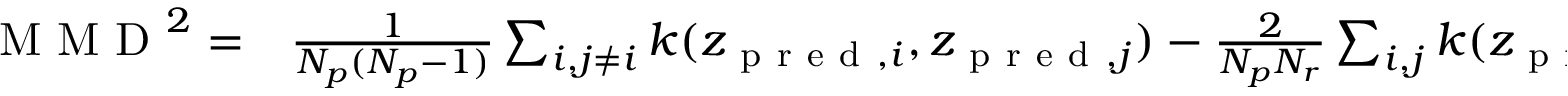
\begin{array} { r l } { \mathrm { ~ M ~ M ~ D ~ } ^ { 2 } = } & { { } \frac { 1 } { N _ { p } ( N _ { p } - 1 ) } \sum _ { i , j \ne i } k ( z _ { \mathrm { ~ p ~ r ~ e ~ d ~ } , i } , z _ { \mathrm { ~ p ~ r ~ e ~ d ~ } , j } ) - \frac { 2 } { N _ { p } N _ { r } } \sum _ { i , j } k ( z _ { \mathrm { ~ p ~ r ~ e ~ d ~ } , i } , z _ { \mathrm { ~ r ~ e ~ f ~ } , j } ) } \end{array}